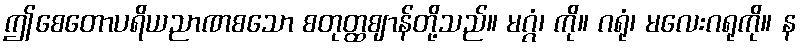
ဤစေတောပရိယညာဏစသော စတုတ္ထဈာန်တို့သည်။ မဂ္ဂံ၊ ကို။ ဂရုံ၊ မလေးဂရုကို။ န